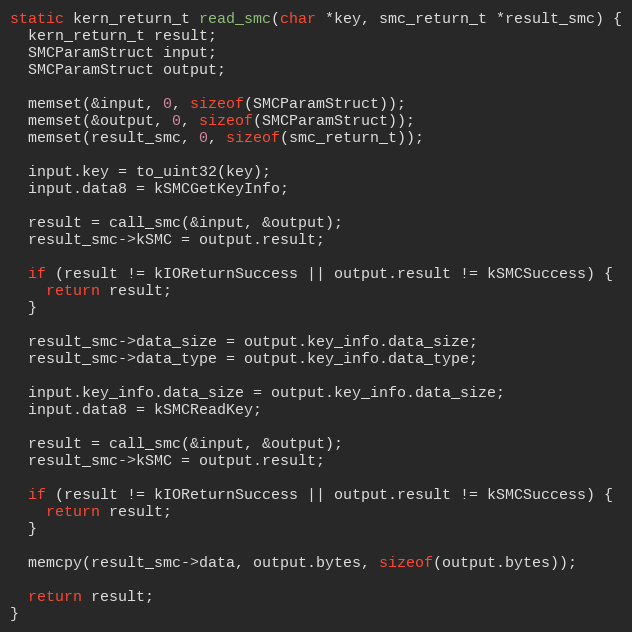
Language: C
static kern_return_t read_smc(char *key, smc_return_t *result_smc) {
  kern_return_t result;
  SMCParamStruct input;
  SMCParamStruct output;

  memset(&input, 0, sizeof(SMCParamStruct));
  memset(&output, 0, sizeof(SMCParamStruct));
  memset(result_smc, 0, sizeof(smc_return_t));

  input.key = to_uint32(key);
  input.data8 = kSMCGetKeyInfo;

  result = call_smc(&input, &output);
  result_smc->kSMC = output.result;

  if (result != kIOReturnSuccess || output.result != kSMCSuccess) {
    return result;
  }

  result_smc->data_size = output.key_info.data_size;
  result_smc->data_type = output.key_info.data_type;

  input.key_info.data_size = output.key_info.data_size;
  input.data8 = kSMCReadKey;

  result = call_smc(&input, &output);
  result_smc->kSMC = output.result;

  if (result != kIOReturnSuccess || output.result != kSMCSuccess) {
    return result;
  }

  memcpy(result_smc->data, output.bytes, sizeof(output.bytes));

  return result;
}